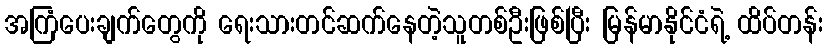
အကြံပေးချက်တွေကို ရေးသားတင်ဆက်နေတဲ့သူတစ်ဦးဖြစ်ပြီး မြန်မာနိုင်ငံရဲ့ ထိပ်တန်း